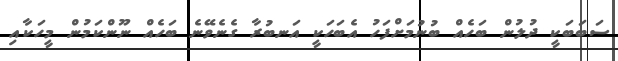
ސަބަބަކީ ދުލުން ބަހެއް ބުނުމަށްފަހު އެބަހަކީ އަނބުރާ ގެނެވޭނެ ބަހެއް ނޫންކަމުން މީހަކާއި